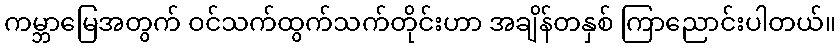
ကမ္ဘာမြေအတွက် ဝင်သက်ထွက်သက်တိုင်းဟာ အချိန်တနှစ် ကြာညောင်းပါတယ်။